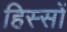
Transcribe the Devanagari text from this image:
हिस्‍सों